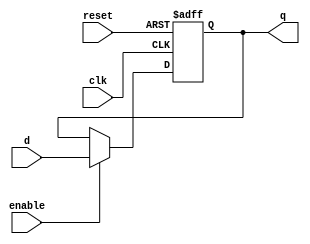
module FF #(
parameter WIDTH = 32
)
(
input clk,
input reset, 
input [WIDTH-1:0] d,
input enable, 
output reg [WIDTH-1:0] q
);
always @ (negedge reset or posedge clk)
begin
	// Reset whenever the reset signal goes low, regardless of the clock
	// or the clock enable
	if (!reset)
	begin
		q <= 32'b0;
	end
	// If not resetting, and the clock signal is enabled on this register,
	// update the register output on the clock's rising edge
	else
	begin
		if (enable)
		begin
			q <= d;
		end
	end
end
endmodule